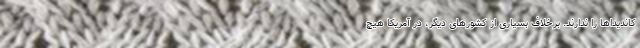
کاندیداها را ندارند. برخلاف بسیاری از کشورهای دیگر، در آمریکا هیچ